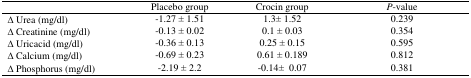
<table><thead><tr><td></td><td><b>Placebo group</b></td><td><b>Crocin group</b></td><td><b><i>P</i>-value</b></td></tr></thead><tbody><tr><td>Δ Urea (mg/dl)</td><td>-1.27 ± 1.51</td><td>1.3± 1.52</td><td>0.239</td></tr><tr><td>Δ Creatinine (mg/dl)</td><td>-0.13 ± 0.02</td><td>0.1 ± 0.03</td><td>0.354</td></tr><tr><td>Δ Uricacid (mg/dl)</td><td>-0.36 ± 0.13</td><td>0.25 ± 0.15</td><td>0.595</td></tr><tr><td>Δ Calcium (mg/dl)</td><td>-0.69 ± 0.23</td><td>0.61 ± 0.189</td><td>0.812</td></tr><tr><td>Δ Phosphorus (mg/dl)</td><td>-2.19 ± 2.2</td><td>-0.14± 0.07</td><td>0.381</td></tr></tbody></table>